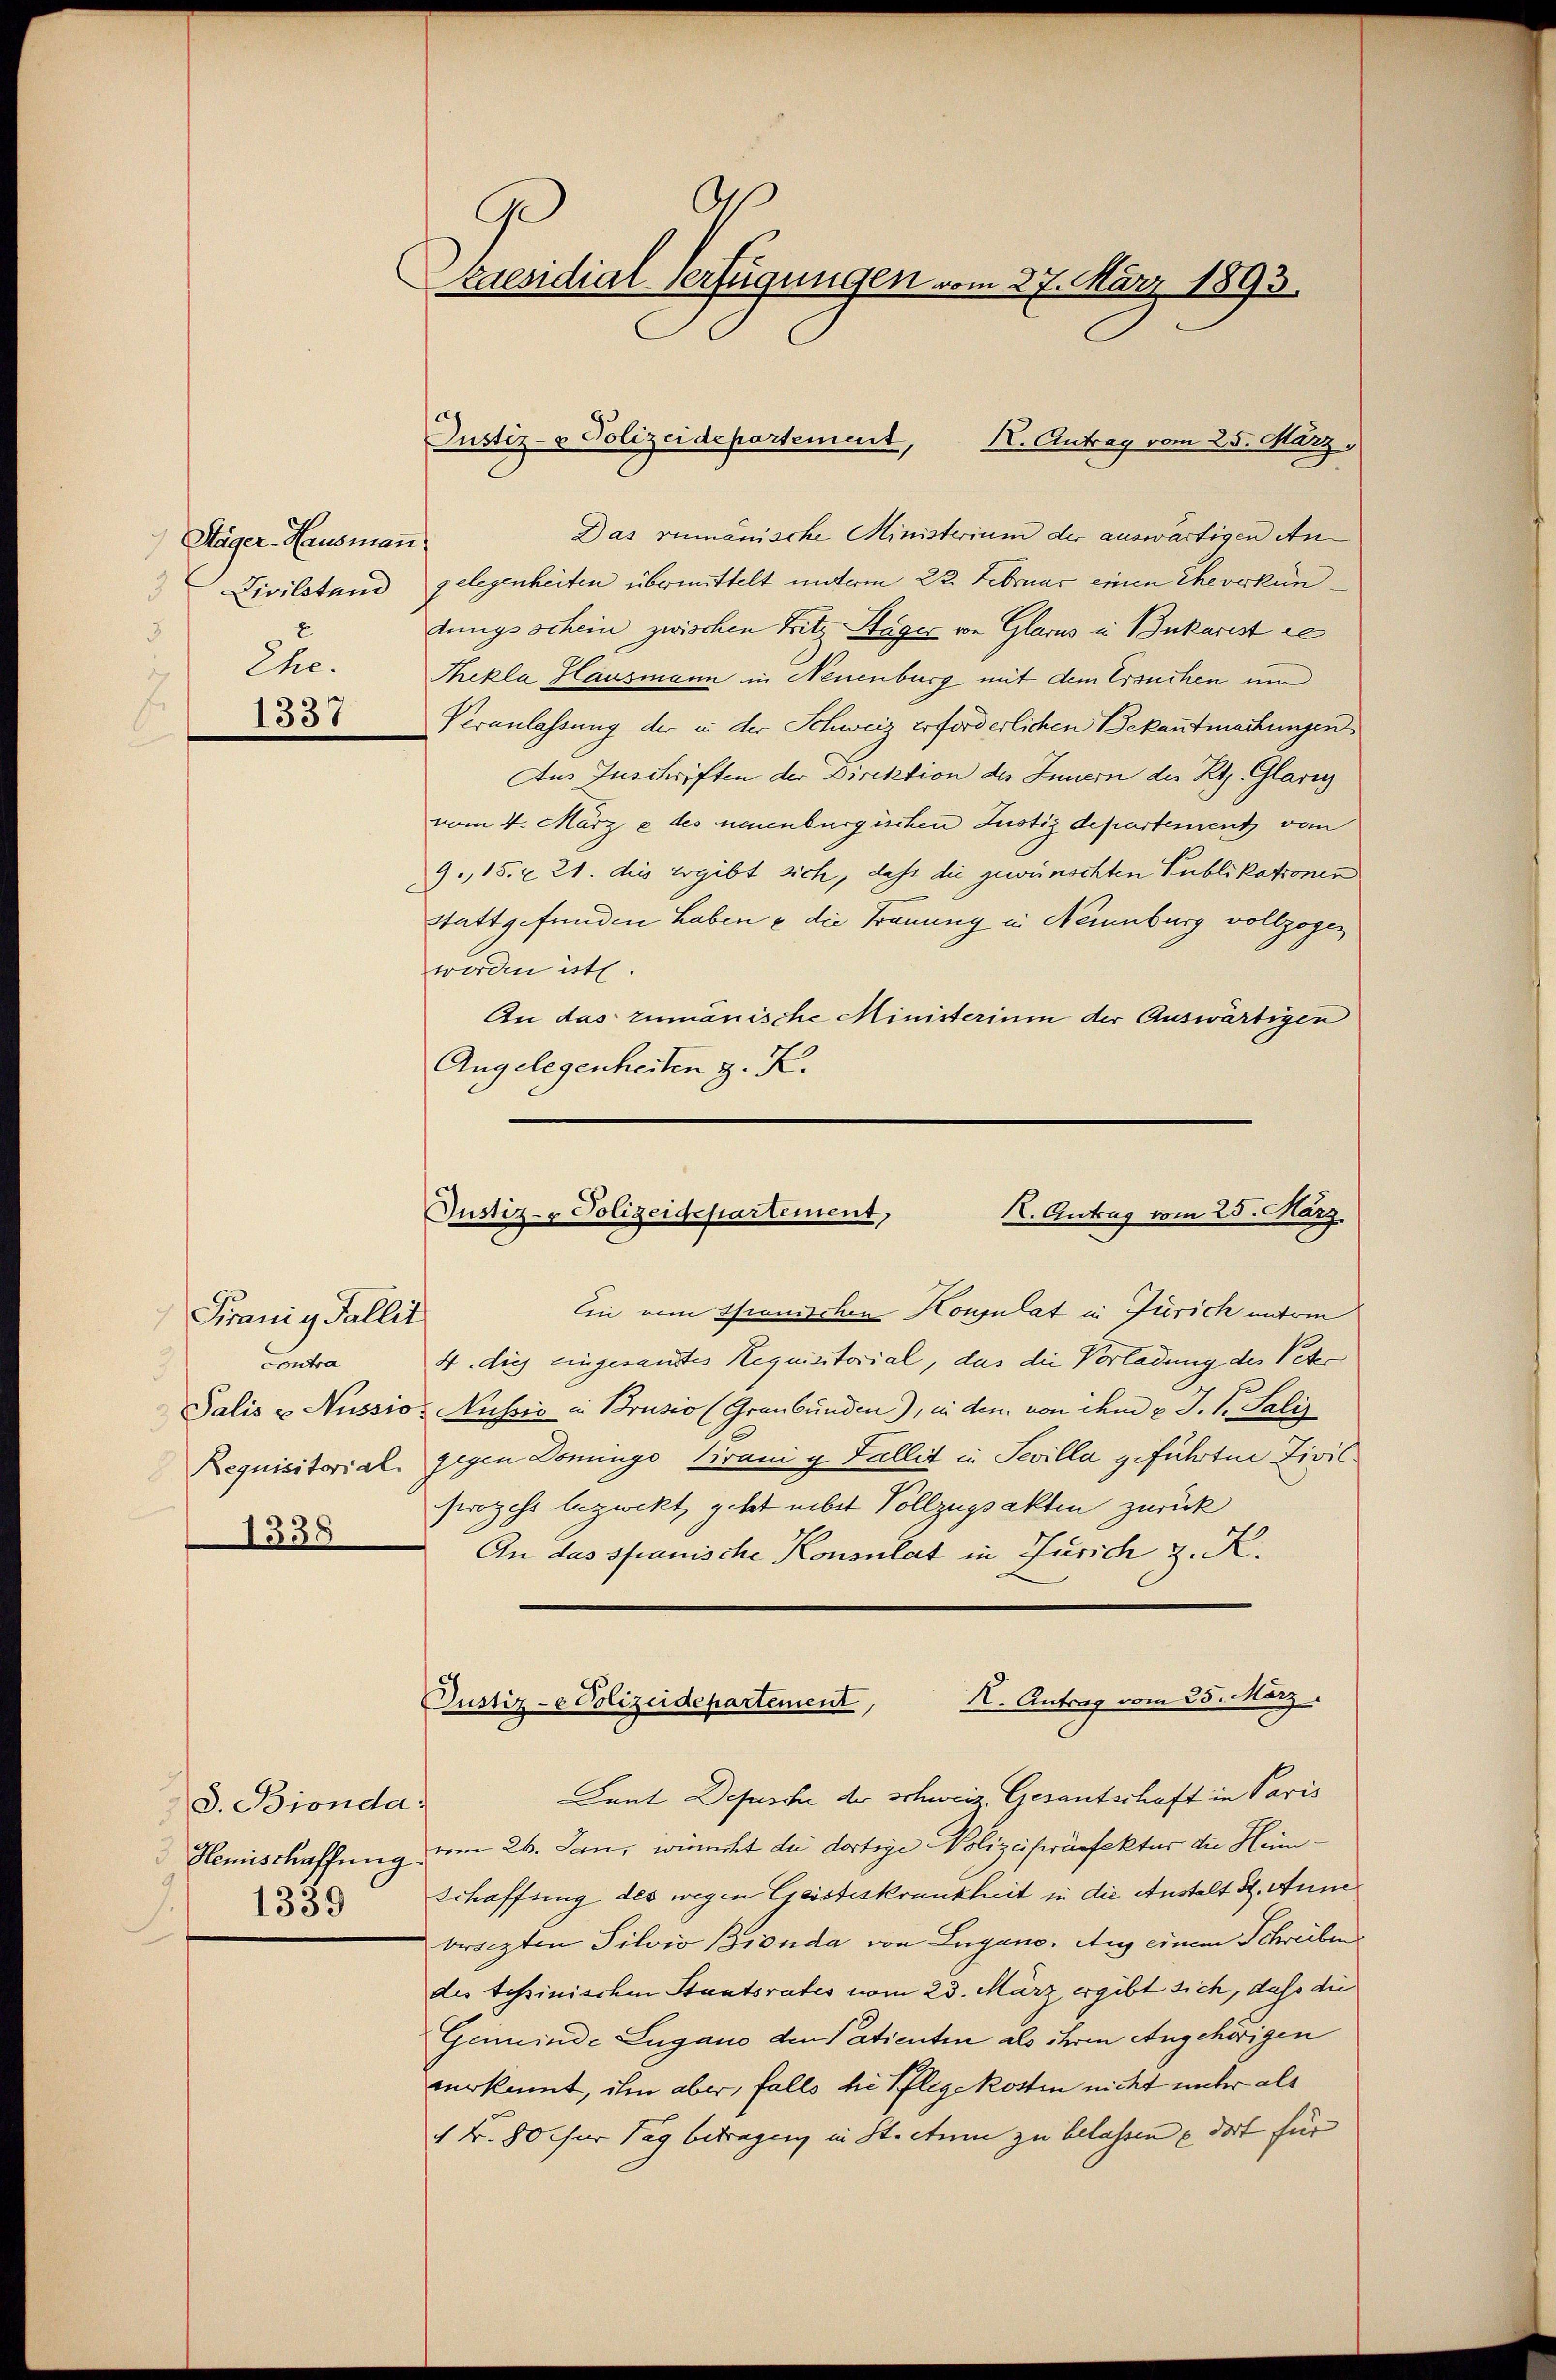
Stäger-Hausmann
Civilstand
Ehe.

1337

Franig Fallit
contra
Palis u. Nussio
Requisitorial.
1338

3
d. Bionda
Hemischaffung
1339

O
e
kaendial-Verfügungen vom 27. März 1893.

K. Antrag vom 25. März,
Das rumänische Ministerium der auswärtigen An
gelegenheiten übermittelt unterm 22. Februar einen Eheverkun
dungsschein zwischen Fritz Stäger von Glarus in Bukarist de
Thekla Hausmann in Neuenburg mit dem Ersuchen und
Veranlassung der in der Schweiz erforderlichen Bekantmachungen
Aus Zuschriften der Direktion des Innern des Kt. Glarus
vom 4. März e des neuenburgischen Justizdepartement vom
9., 15. & 21. dies ergibt sich, daß die gewünschten Publikationen
Stattgefunden haben & die Trauung in Neuenburg vollzogen
worden ist.
An das zumanische Ministerium der Auswärtigen
Angelegenheiten z. K.

Justiz- & Polizeidepartement,

Justiz- & Polizeidepartement
K. Antrag vom 25. März.

Ein vom Spanischen Houpulat in Zürich unteren
4. dies eingesandtes Requisitorial, das die Vorladung des Peter
Nussio in Brusio (Graubünden), in den von dem 2 J. S. Salis
gegen Donungs Tirani g Fallit in Sevilla geführten Zivil¬
Prozess bezweckt geht nebst Vollzugsakten zurück
An das spranische Konsulat in Zürich z. K.
Dent Depesche der schweiz. Gesantschaft in Paris
vom 26. Jan, wicht die dortige Polizeipräfektur die Heim¬
Schaffung des wegen Geisteskrankheit in die Anstalt St. Anne
brichten Silvio Bionda von Lugano. Aug einem Schreiben
des tessinischen Staatsrates vom 23. März ergibt sich, daß die
Gemeinde Lugano den Patienten als ihren Angehörigen
verkannt, ihm aber, falls die Pflegekosten nicht unter als
1 Fr. 80 für Tag betragen in St. Atum zu belassen u dort für

K. Antrag vom 25. März.
Justiz- & Polizeidepartement,